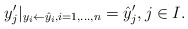
\begin{align*}y_j'\vert_{y_i \leftarrow \hat y_i, i=1,\dots, n} = \hat y_j',j\in I.\end{align*}